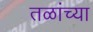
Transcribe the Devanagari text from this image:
तळांच्या